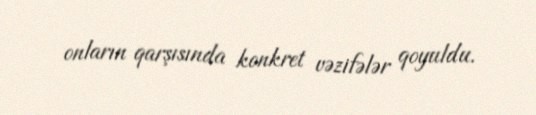
onların qarşısında konkret vəzifələr qoyuldu.